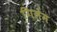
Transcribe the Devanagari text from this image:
गिलेम